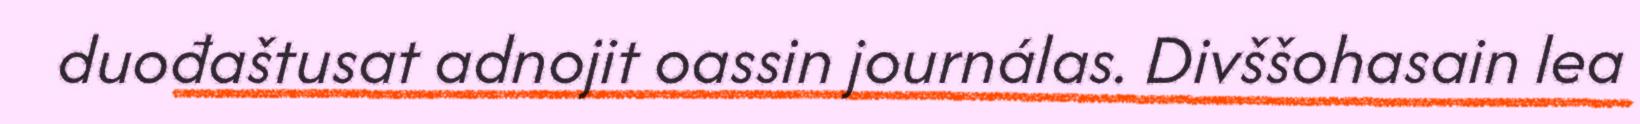
duođaštusat adnojit oassin journálas. Divššohasain lea